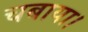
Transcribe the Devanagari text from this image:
चबाया।